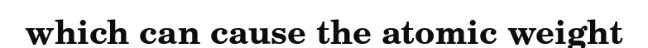
which can cause the atomic weight